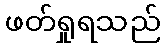
ဖတ်ရှုရသည်